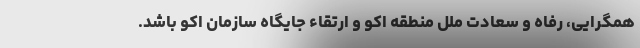
همگرایی، رفاه و سعادت ملل منطقه اکو و ارتقاء جایگاه سازمان اکو باشد.